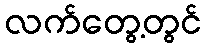
လက်တွေ့တွင်